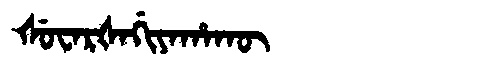
Manchu: ᡧᡠᠸᠠᡵᡧᠠᡤᡳᠶᠠᡥᠠᡴᡡ
Romanization: ŠUWARŠAGIYAHAKŪ